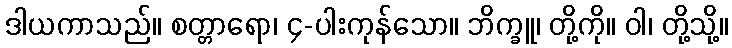
ဒါယကာသည်။ စတ္တာရော၊ ၄-ပါးကုန်သော။ ဘိက္ခူ၊ တို့ကို။ ဝါ၊ တို့သို့။